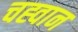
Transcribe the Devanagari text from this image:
चह्वान